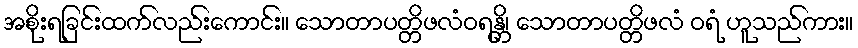
အစိုးရခြင်းထက်လည်းကောင်း။ သောတာပတ္တိဖလံဝရန္တိ၊ သောတာပတ္တိဖလံ ဝရံ ဟူသည်ကား။